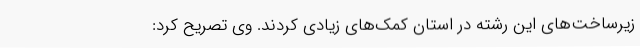
زیرساخت‌های این رشته در استان کمک‌های زیادی کردند. وی تصریح کرد: